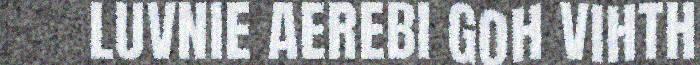
LUVNIE AEREBI GOH VIHTH